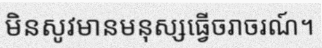
មិនសូវមានមនុស្សធ្វើចរាចរណ៍។